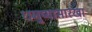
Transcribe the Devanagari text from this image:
धनुष्यासारखा